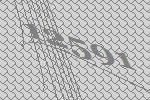
12591